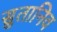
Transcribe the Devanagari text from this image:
सुतानिव